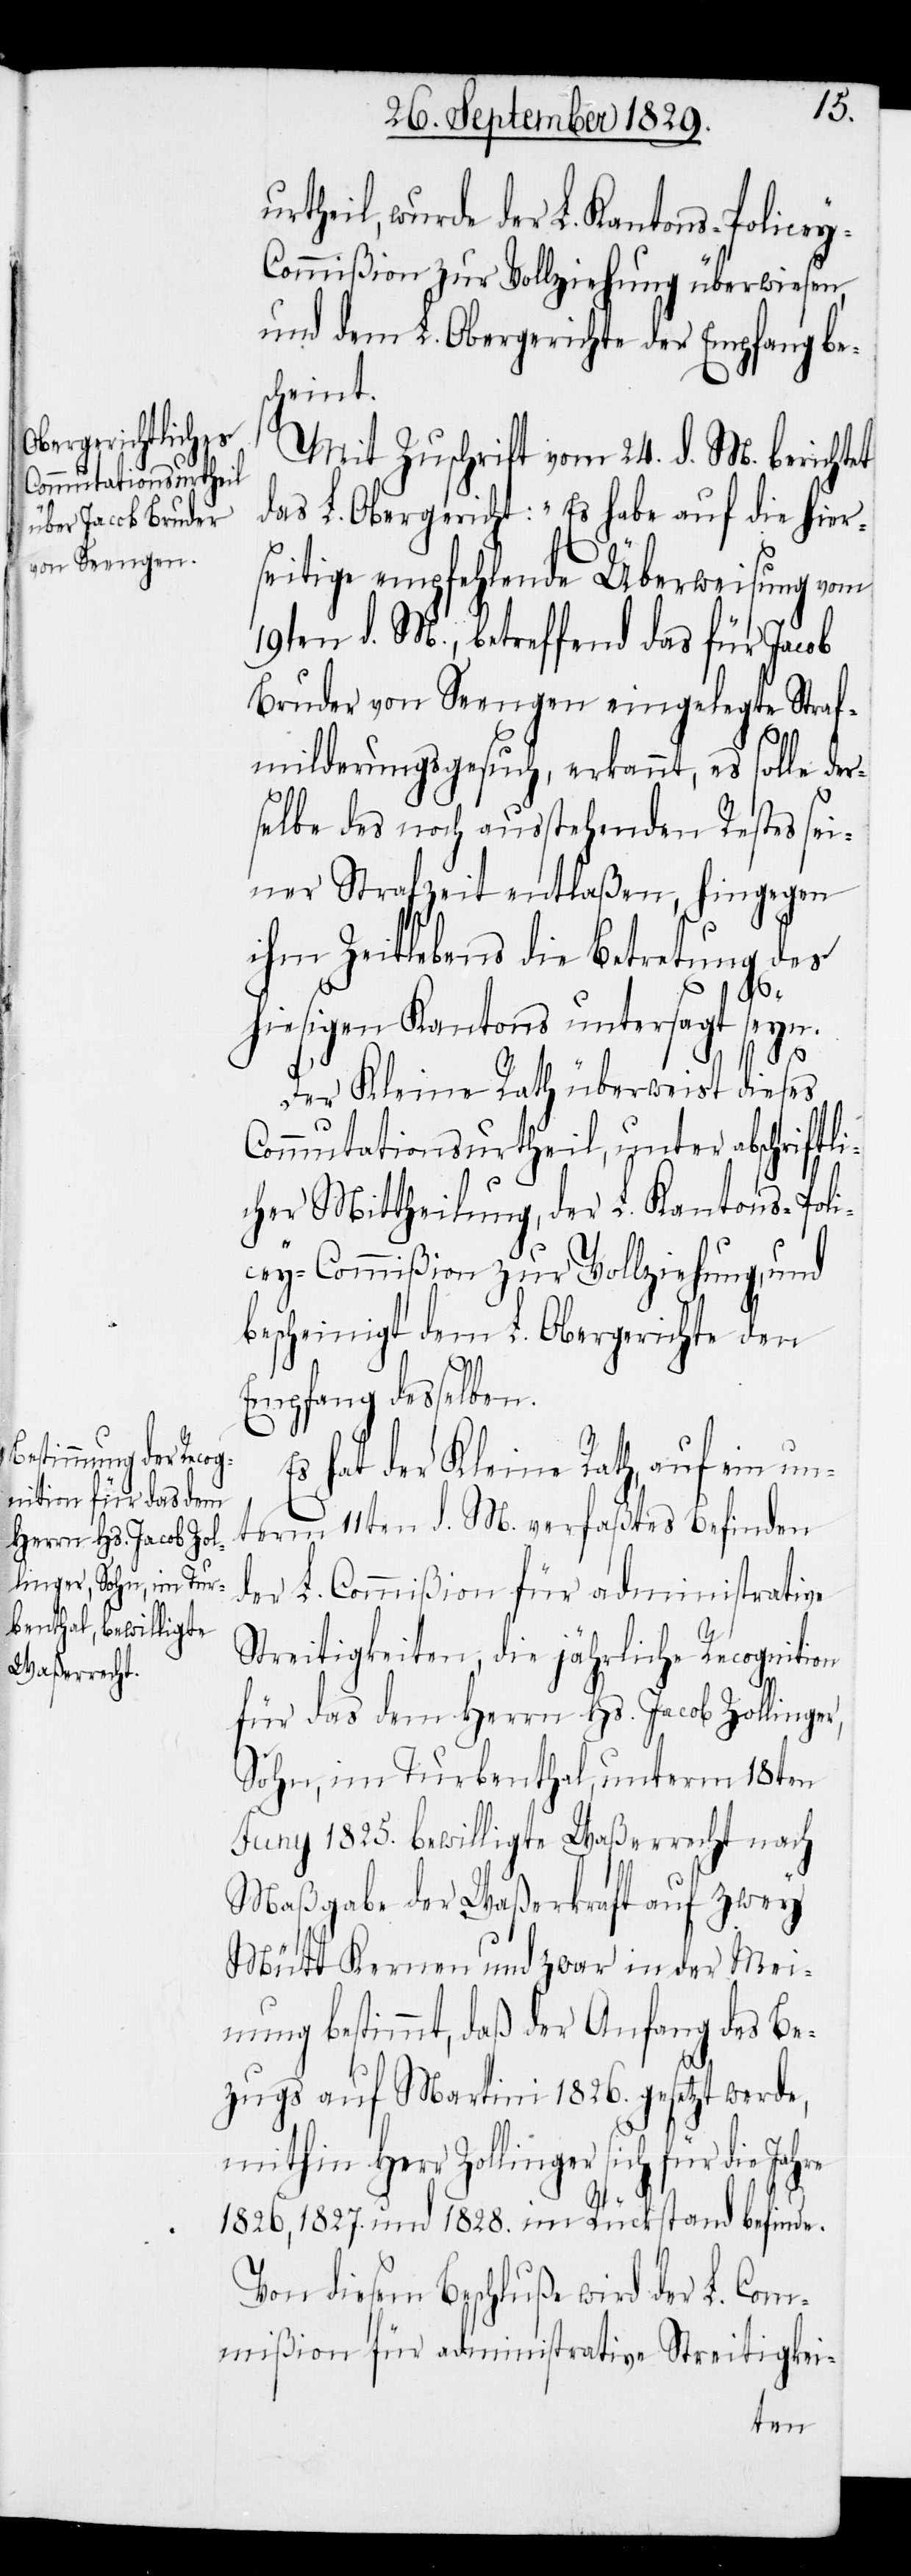
urtheil, wurde der L. Kantons-Police¬
ommißion zur Vollziehung überwiesen,
und dem L. Obergerichte der Empfang bes¬
cheint.
Mit Zuschrift vom 24. d. M. berichtet
das L. Obergericht: „Es habe auf die hier¬
seitige empfehlende Überweisung vom
19ten d. M., betreffend das für Jacob
Bruder von Seengen eingelegte Straf¬
milderungsgesuch, erkannt, es solle der¬
selbe des noch ausstehenden Restes sei¬
ner Strafzeit entlaßen, hingegen
ihm Zeitlebens die Betretung des
hiesigen Kantons untersagt sey¬
Der Kleine Rath überweist dieses
Commutationsurtheil, unter abschriftli¬
cher Mittheilung, der L. Kantons-Poli¬
cey-Commißion zur Vollziehung, und
bescheinigt dem L. Obergerichte den
n.[“]
Empfang desselben.
Es hat der Kleine Rath, auf ein un¬
term 11ten d. M. verfaßtes Befinden
der L. Commißion für administrative
Streitigkeiten, die jährliche Recognition
für das dem Herrn Hs. Jacob Zollinger,
Sohn, im Turbenthal, unterm 18ten
Juny 1825. bewilligte Waßerrecht nach
Maßgabe der Waßerkraft auf zwey
Mütt Kernen und zwar in der Mei¬
nung bestimmt, daß der Anfang des Be¬
zugs auf Martini 1826. gesetzt werde,
mithin Herr Zollinger sich für die Jahre
1826, 1827. und 1828. im Rückstand befinde.
Von diesem Beschluße wird der L. Com¬
mißion für administrative Streitigkei-